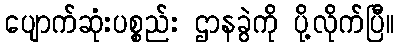
ပျောက်ဆုံးပစ္စည်း ဌာနခွဲကို ပို့လိုက်ပြီ။